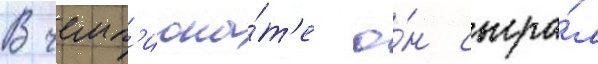
В чемп'иона́т'е о́н сыгра́л